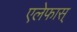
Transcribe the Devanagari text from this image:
एलेफास्